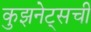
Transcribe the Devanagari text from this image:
कुझनेट्सची